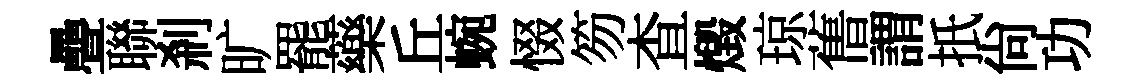
疊聯刹旷罷藥丘蜿惙笏查燬琼𦾔謂扺尚功